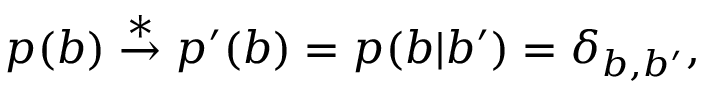
\begin{array} { r } { p ( b ) \stackrel { * } { \rightarrow } p ^ { \prime } ( b ) = p ( b | b ^ { \prime } ) = \delta _ { b , b ^ { \prime } } , } \end{array}